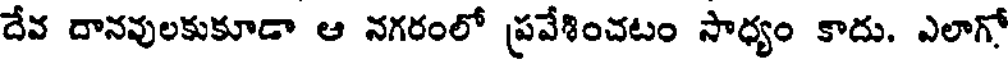
దేవ దానవులకుకూడా ఆ నగరంలో ప్రవేశించటం సాధ్యం కాదు. ఎలాగో